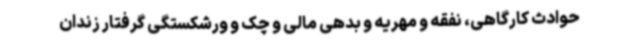
حوادث کارگاهی، نفقه و مهریه و بدهی مالی و چک و ورشکستگی گرفتار زندان